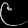
Digit: ၉